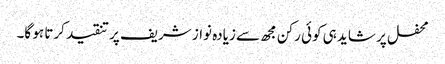
محفل پر شاید ہی کوئی رکن مجھ سے زیادہ نواز شریف پر تنقید کرتا ہو گا۔